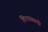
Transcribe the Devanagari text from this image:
विश्‍वव्‍यापी